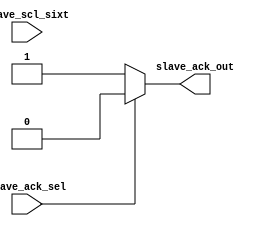
// mux for sending ack.
module slave_ack(slave_scl_sixt, slave_ack_sel, slave_ack_out);
input slave_ack_sel;
input slave_scl_sixt ;
output reg slave_ack_out;
parameter ack = 1'b0, nack = 1'b1;
// taki jab ack bhejna h toh 0 jaye aur nack jaye toh 1
always@(*)
if (slave_ack_sel)
slave_ack_out = ack;
else 
slave_ack_out = nack;
endmodule